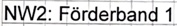
Text: NW2: Förderband 1